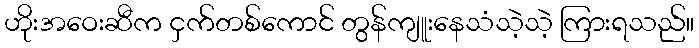
ဟိုးအဝေးဆီက ငှက်တစ်ကောင် တွန်ကျူးနေသံသဲ့သဲ့ ကြားရသည်။